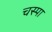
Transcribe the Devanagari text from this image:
चस्‍पा